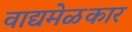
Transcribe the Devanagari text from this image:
वाद्यमेळकार